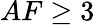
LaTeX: AF\geq 3